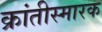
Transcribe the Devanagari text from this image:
क्रांतीस्मारक